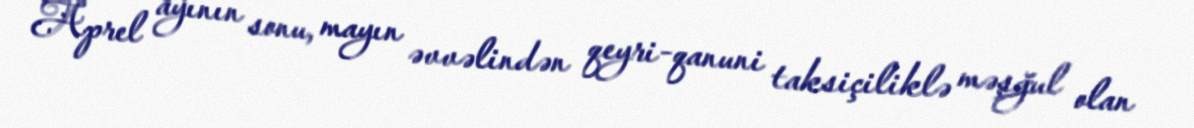
Aprel ayının sonu, mayın əvvəlindən qeyri-qanuni taksiçiliklə məşğul olan